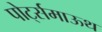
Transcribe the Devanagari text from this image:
पोर्ट्समाऊथ